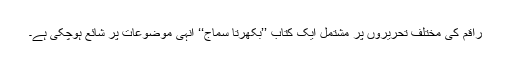
راقم کی مختلف تحریروں پر مشتمل ایک کتاب ’’بکھرتا سماج‘‘ انہی موضوعات پر شائع ہوچکی ہے۔